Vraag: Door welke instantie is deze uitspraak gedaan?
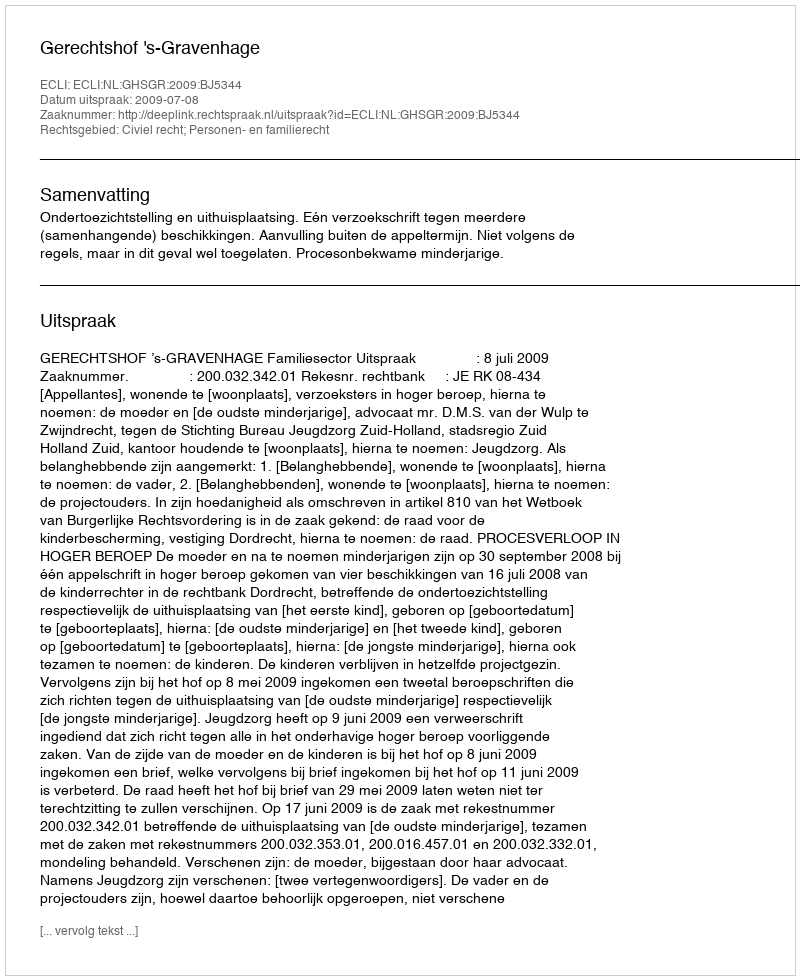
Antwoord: Gerechtshof 's-Gravenhage